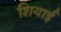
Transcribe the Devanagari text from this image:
शियाई